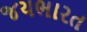
જયભારત